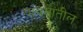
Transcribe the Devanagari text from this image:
पावसातील